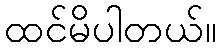
ထင်မိပါတယ်။